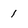
Character: 1